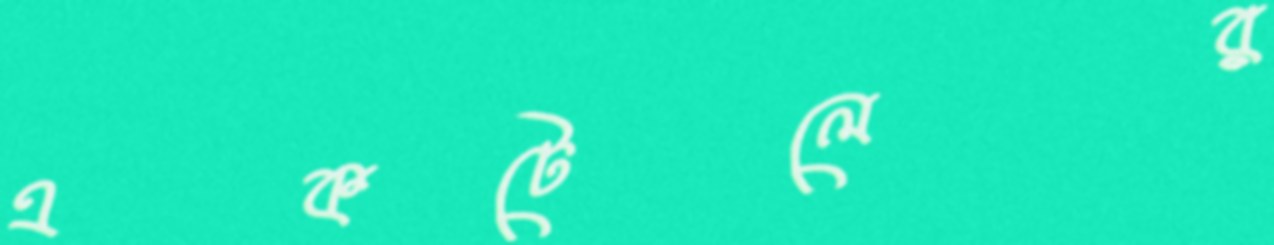
একটেলের